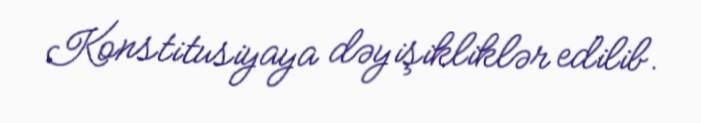
Konstitusiyaya dəyişikliklər edilib.